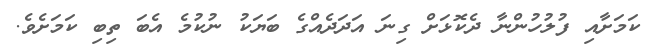
ކަމަށާއި ފުލުހުންނާ ދެކޮޅަށް ގިނަ އަދަދެއްގެ ބަޔަކު ނުކުމެ އެބަ ތިބި ކަމަށެވެ.